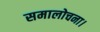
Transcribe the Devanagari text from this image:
समालोचना।